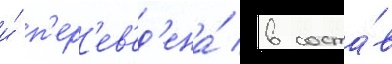
и́ п'ер'ев'ед'ена́ в соста́в